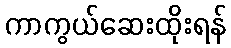
ကာကွယ်ဆေးထိုးရန်